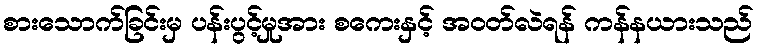
စားသောက်ခြင်းမှ ပန်းပွင့်မှုအား စကေးနှင့် အဝတ်လဲရန် ကန်နယားသည်